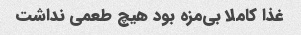
غذا کاملا بی‌مزه بود هیچ طعمی نداشت